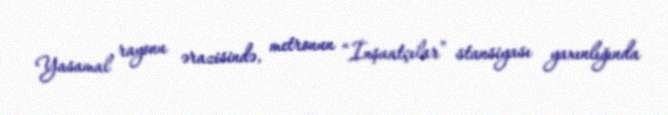
Yasamal rayonu ərazisində, metronun “İnşaatçılar” stansiyası yaxınlığında